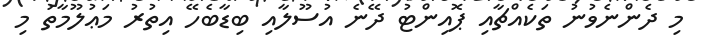
މި ދެންނެވުނު ތަކެއްޗާއި ޕޮއިންޓު ދޭނެ އުސޫލާއި ބިޑާބެހޭ އިތުރު މަޢުލޫމާތު މި